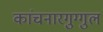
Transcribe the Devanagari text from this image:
कांचनारगुग्गुल